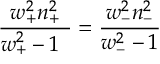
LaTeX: \frac { w _ { + } ^ { 2 } n _ { + } ^ { 2 } } { w _ { + } ^ { 2 } - 1 \ \, } = \frac { w _ { - } ^ { 2 } n _ { - } ^ { 2 } } { w _ { - } ^ { 2 } - 1 }